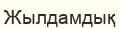
Жылдамдық